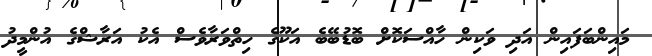
މައިންބަފައިން އަދި ވަކިން ހާއްސަކޮށް ބޮޑުބޭބެ އަކޫގެ ހިތްވަރާވެސް އެކު އަރާޝްގެ އުންމީދު